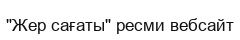
"Жер сағаты" ресми вебсайт